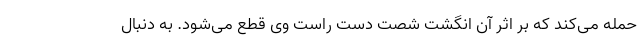
حمله می‌کند که بر اثر آن انگشت شصت دست راست وی قطع می‌شود. به دنبال